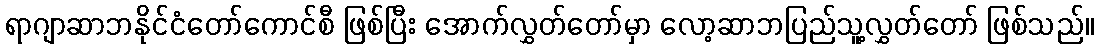
ရာဂျာဆာဘနိုင်ငံတော်ကောင်စီ ဖြစ်ပြီး အောက်လွှတ်တော်မှာ လော့ဆာဘပြည်သူ့လွှတ်တော် ဖြစ်သည်။